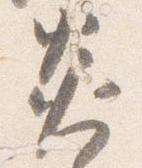
炎